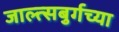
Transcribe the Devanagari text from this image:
जाल्त्सबुर्गच्या